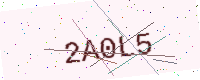
Text: 2A0L5